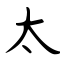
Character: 太